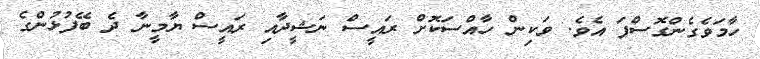
ހާމަވެގެންގޮސްފަ އެވެ. ވަކިން ހާއްސަކޮށް ރައީސް ނަޝީދާއި ރައީސް ޔާމީނާ ދެ ބޭފުޅުންގެ